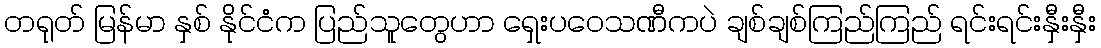
တရုတ် မြန်မာ နှစ် နိုင်ငံက ပြည်သူတွေဟာ ရှေးပဝေသဏီကပဲ ချစ်ချစ်ကြည်ကြည် ရင်းရင်းနှီးနှီး